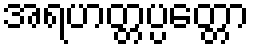
အရဟတ္တပ္ပတ္တော